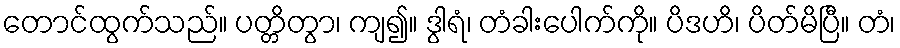
တောင်ထွက်သည်။ ပတ္တိတွာ၊ ကျ၍။ ဒွါရံ၊ တံခါးပေါက်ကို။ ပိဒဟိ၊ ပိတ်မိပြီ။ တံ၊